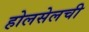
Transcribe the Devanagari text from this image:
होलसेलची